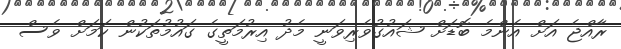
ރާއްޖެ އަށް އެންމެ ބޮޑަށް ޝައުގުވެރިވަނީ މެދު އިރުމަތީގެ ގައުމުތަކުން ކަމަށް ވެސް